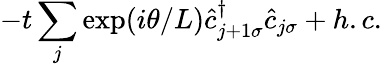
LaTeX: -t\sum_{j}\exp(i\theta/L)\hat{c}_{j+1\sigma}^{\dagger}\hat{c}_{j\sigma}+h.c.